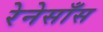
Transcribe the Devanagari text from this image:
रेनेसाँस